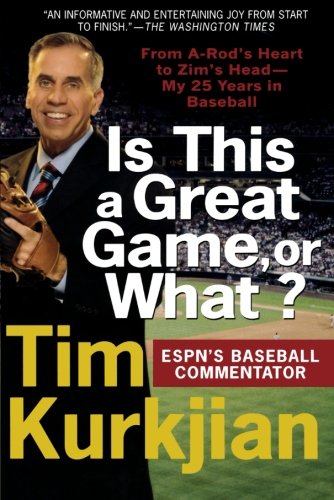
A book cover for Is This a Great Game, or What?: From A-Rod's Heart to Zim's Head--My 25 Years in Baseball; Tim Kurkjian; Sports & Outdoors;